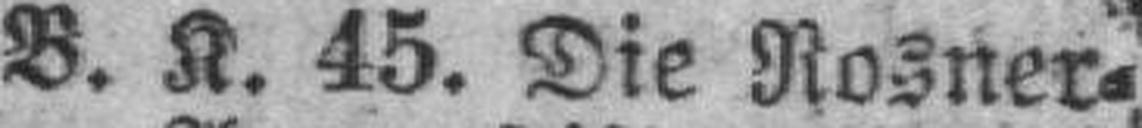
B. K. 45. Die Rosner¬